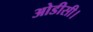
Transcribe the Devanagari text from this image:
ओडीसी।